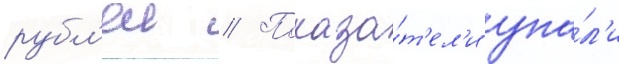
рубл'еи // Показа́т'ел'и упа́л'и